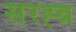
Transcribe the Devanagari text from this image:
सरह्न्न